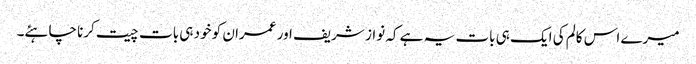
میرے اس کالم کی ایک ہی بات یہ ہے کہ نواز شریف اور عمران کو خود ہی بات چیت کرنا چاہئے۔